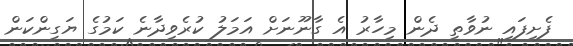
ފެށިފައި ނުވާތީ ދެން މިހާރު އެ ގާނޫނަށް އަމަލު ކުރެވިދާނެ ކަމުގެ ޔަގީންކަން